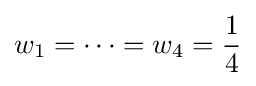
w_{1}=\cdots =w_{4}={\frac {1}{4}}